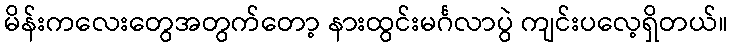
မိန်းကလေးတွေအတွက်တော့ နားထွင်းမင်္ဂလာပွဲ ကျင်းပလေ့ရှိတယ်။